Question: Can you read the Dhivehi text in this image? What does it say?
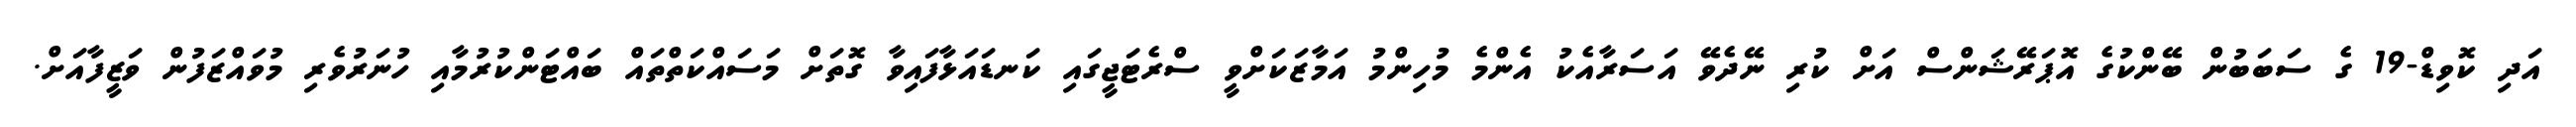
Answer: އަދި ކޮވިޑް-19 ގެ ސަބަބުން ބޭންކުގެ އޮޕަރޭޝަންސް އަށް ކުރި ނޭދެވޭ އަސަރާއެކު އެންމެ މުހިންމު އަމާޒަކަށްވީ ސްރެޓަޖީގައި ކަނޑައަޅާފައިވާ ގޮތަށް މަސައްކަތްތައް ބައްޓަންކުރުމާއި ހުނަރުވެރި މުވައްޒަފުން ވަޒީފާއަށް.